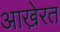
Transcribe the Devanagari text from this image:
आखे़रत